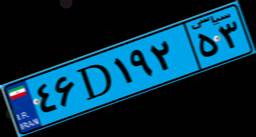
۴۶D۱۹۲۵۳